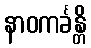
နာဝကင်္ခန္တိ